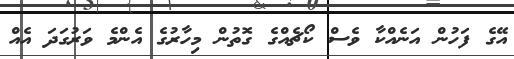
އޭގެ ފަހުން އަނެއްކާ ވެސް ކޯޗެއްގެ ގޮތުން މިހާރުގެ އެންމެ ވަރުގަދަ އެއް